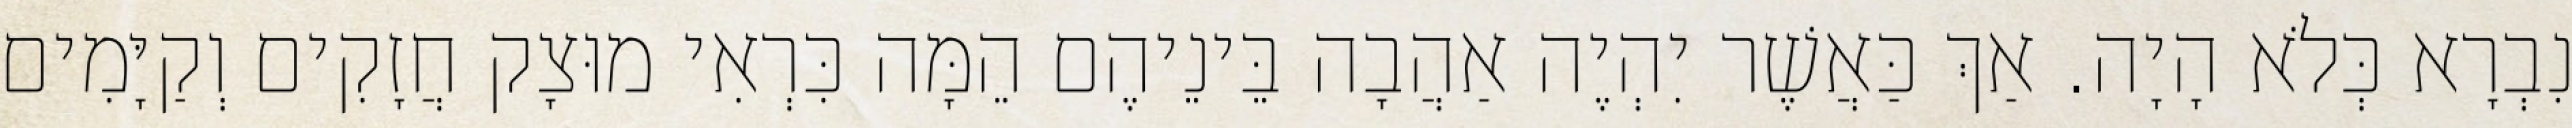
נִבְרָא כְּלֹא הָיָה. אַךְ כַּאֲשֶׁר יִהְיֶה אַהֲבָה בֵּינֵיהֶם הֵמָּה כִּרְאִי מוּצָק חֲזָקִים וְקַיָּמִים